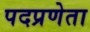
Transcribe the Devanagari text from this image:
पदप्रणेता